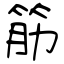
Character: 筋